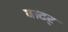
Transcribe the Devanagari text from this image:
वाटर्